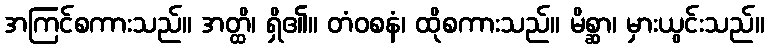
အကြင်စကားသည်။ အတ္ထိ၊ ရှိ၏။ တံဝစနံ၊ ထိုစကားသည်။ မိစ္ဆာ၊ မှားယွင်းသည်။